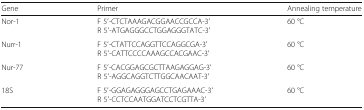
<table><thead><tr><td><b>Gene</b></td><td><b>Primer</b></td><td><b>Annealing temperature</b></td></tr></thead><tbody><tr><td>Nor-1</td><td>F 5′-CTCTAAAGACGGAACCGCCA-3′R 5′-ATGAGGGCCTGGAGGGTATC-3′</td><td>60 °C</td></tr><tr><td>Nurr-1</td><td>F 5′-CTATTCCAGGTTCCAGGCGA-3′R 5′-CATTCCCCAAAGCCACGAAC-3′</td><td>60 °C</td></tr><tr><td>Nur-77</td><td>F 5′-CACGGAGCGCTTAAGAGGAG-3′R 5′-AGGCAGGTCTTGGCAACAAT-3′</td><td>60 °C</td></tr><tr><td>18S</td><td>F 5′-GGAGAGGGAGCCTGAGAAAC-3′R 5′-CCTCCAATGGATCCTCGTTA-3’</td><td>60 °C</td></tr></tbody></table>